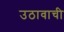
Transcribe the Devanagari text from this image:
उठावाची